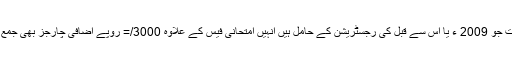
ایسے طلباوطالبات جو 2009 ء یا اس سے قبل کی رجسٹریشن کے حامل ہیں انہیں امتحانی فیس کے علاوہ 3000/= روپے اضافی چارجز بھی جمع کرانے ہوں گے۔